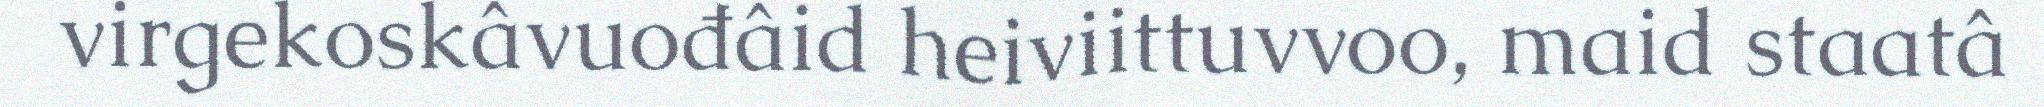
virgekoskâvuođâid heiviittuvvoo, maid staatâ